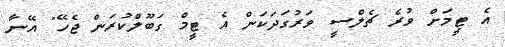
އެ ޓީމަށް ވުރެ ޗެލްސީ ވަރުގަދަކަން އެ ޓީމް ގަބޫލްކުރަން ޖެހޭ" އޭނާ